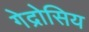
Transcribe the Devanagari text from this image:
गेद्रोसिय